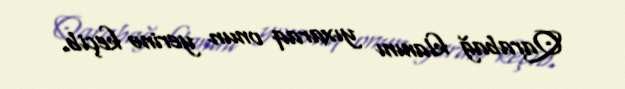
Qarabağ klanını yıxaraq onun yerinə keçib.